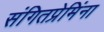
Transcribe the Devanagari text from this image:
संगितप्रेमिंना